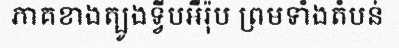
ភាគខាងត្បូងទ្វីបអឺរ៉ុប ព្រមទាំងតំបន់